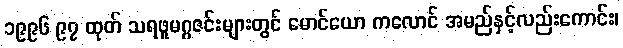
၁၉၉၆ ၉၇ ထုတ် သရဖူမဂ္ဂဇင်းများတွင် မောင်ယော ကလောင် အမည်နှင့်လည်းကောင်း၊